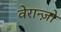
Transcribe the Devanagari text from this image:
वेरान्ज़ो